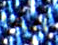
أعرف